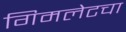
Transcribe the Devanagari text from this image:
गिमलेटचा